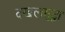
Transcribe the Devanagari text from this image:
दखलसुद्धा